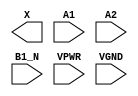
module sky130_fd_sc_hs__o21ba (
    X   ,
    A1  ,
    A2  ,
    B1_N,
    VPWR,
    VGND
);

    output X   ;
    input  A1  ;
    input  A2  ;
    input  B1_N;
    input  VPWR;
    input  VGND;
endmodule